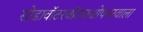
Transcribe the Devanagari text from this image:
सोडावॉटरबॉटलओपनरवाला